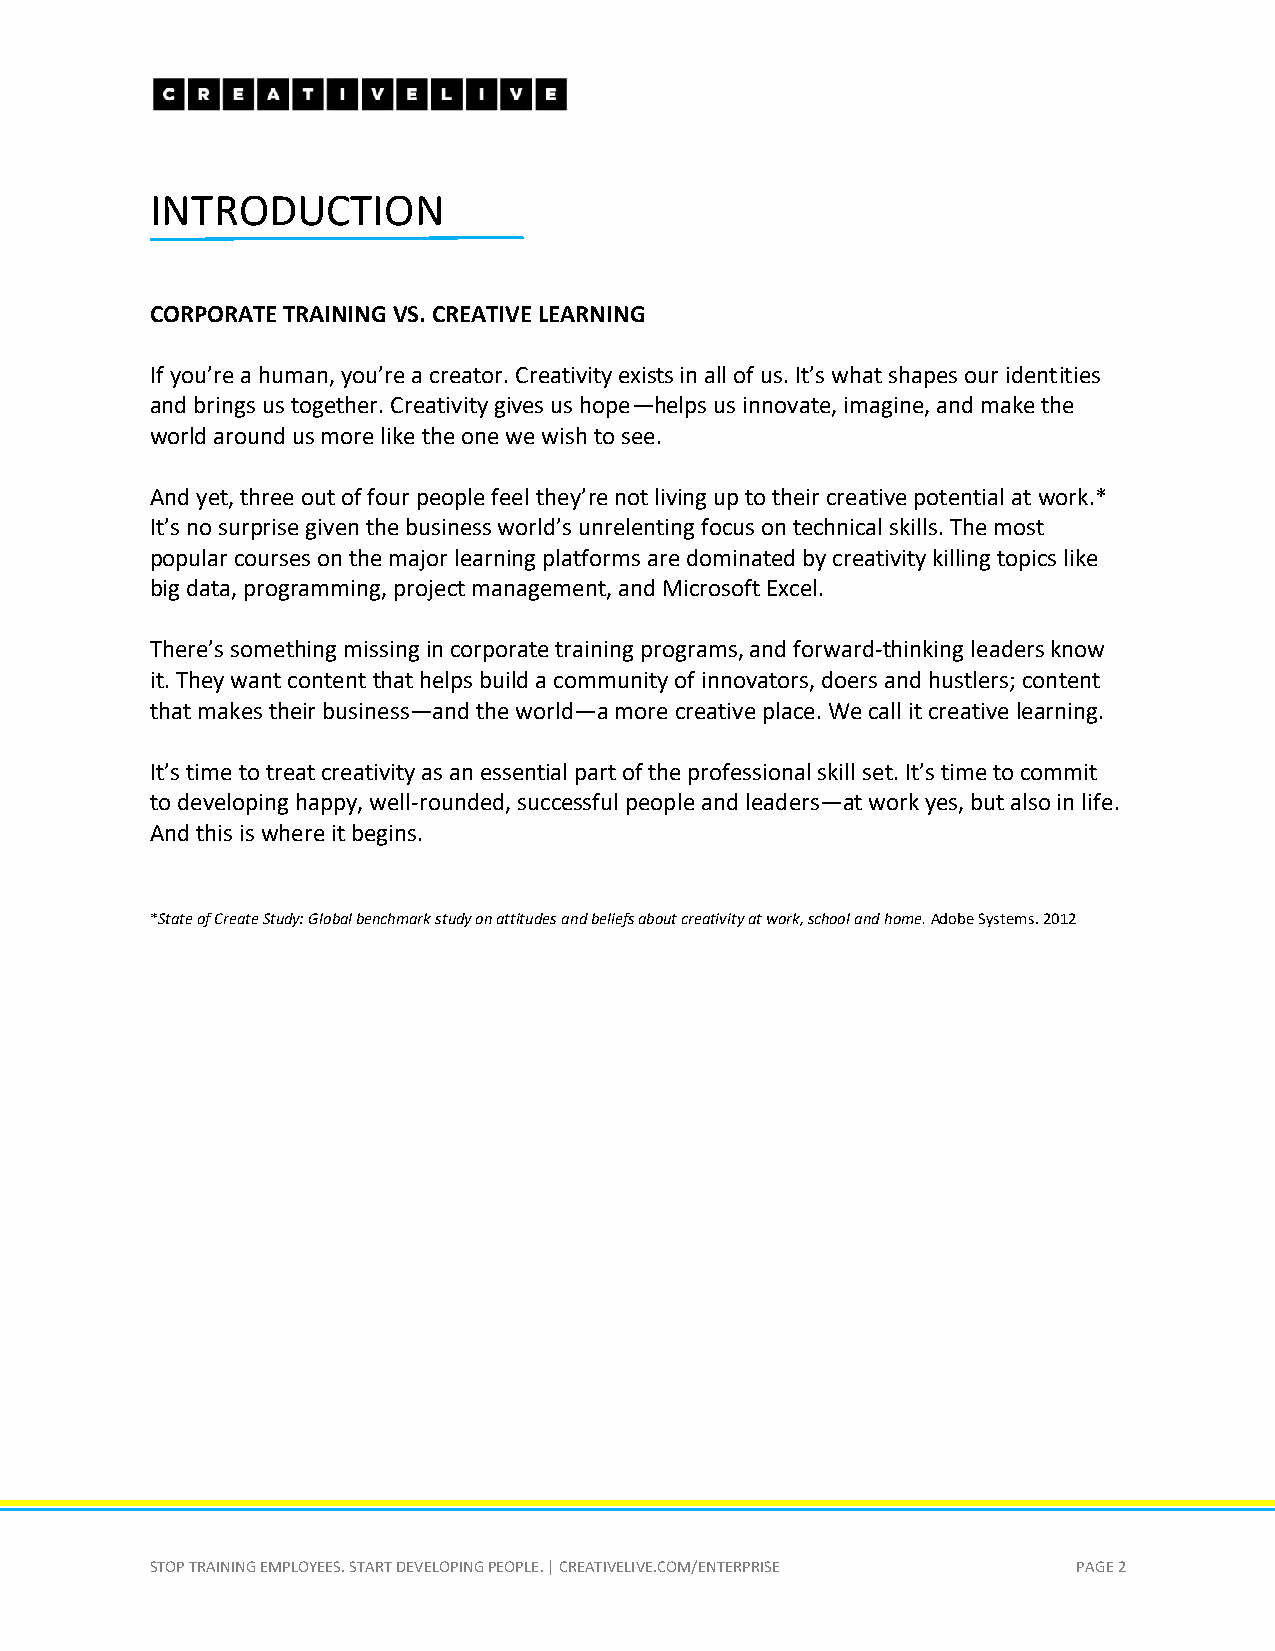
INTRODUCTION
 CORPORATE TRAINING VS. CREATIVE LEARNING
 If you’re a human, you’re a creator. Creativity exists in all of us. It’s what shapes our identities
 and brings us together. Creativity gives us hope—helps us innovate, imagine, and make the
 world around us more like the one we wish to see.
 And yet, three out of four people feel they’re not living up to their creative potential at work.*
 It’s no surprise given the business world’s unrelenting focus on technical skills. The most
 popular courses on the major learning platforms are dominated by creativity killing topics like
 big data, programming, project management, and Microsoft Excel.
 There’s something missing in corporate training programs, and forward-thinking leaders know
 it. They want content that helps build a community of innovators, doers and hustlers; content
 that makes their business—and the world—a more creative place. We call it creative learning.
 It’s time to treat creativity as an essential part of the professional skill set. It’s time to commit
 to developing happy, well-rounded, successful people and leaders—at work yes, but also in life.
 And this is where it begins.
 *State of Create Study: Global benchmark study on attitudes and beliefs about creativity at work, school and home. Adobe Systems. 2012
 STOP TRAINING EMPLOYEES. START DEVELOPING PEOPLE. | CREATIVELIVE.COM/ENTERPRISE PAGE 2